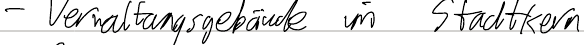
- Verwaltungsgebäude im Stadtkern